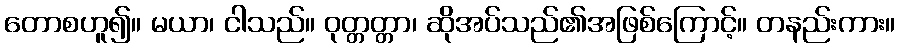
တောစဟူ၍။ မယာ၊ ငါသည်။ ဝုတ္တတ္တာ၊ ဆိုအပ်သည်၏အဖြစ်ကြောင့်။ တနည်းကား။